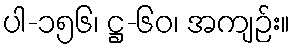
ပါ-၁၅၆၊ ဋ္ဌ-၆၀၊ အကျဉ်း။